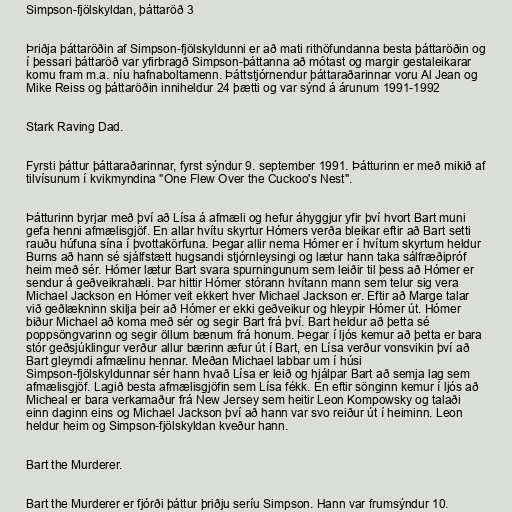
Simpson-fjölskyldan, þáttaröð 3

Þriðja þáttaröðin af Simpson-fjölskyldunni er að mati rithöfundanna besta þáttaröðin og
í þessari þáttaröð var yfirbragð Simpson-þáttanna að mótast og margir gestaleikarar
komu fram m.a. níu hafnaboltamenn. Þáttstjórnendur þáttaraðarinnar voru Al Jean og
Mike Reiss og þáttaröðin inniheldur 24 þætti og var sýnd á árunum 1991-1992

Stark Raving Dad.

Fyrsti þáttur þáttaraðarinnar, fyrst sýndur 9. september 1991. Þátturinn er með mikið af
tilvísunum í kvikmyndina "One Flew Over the Cuckoo's Nest".

Þátturinn byrjar með því að Lísa á afmæli og hefur áhyggjur yfir því hvort Bart muni
gefa henni afmælisgjöf. En allar hvítu skyrtur Hómers verða bleikar eftir að Bart setti
rauðu húfuna sína í þvottakörfuna. Þegar allir nema Hómer er í hvítum skyrtum heldur
Burns að hann sé sjálfstætt hugsandi stjórnleysingi og lætur hann taka sálfræðipróf
heim með sér. Hómer lætur Bart svara spurningunum sem leiðir til þess að Hómer er
sendur á geðveikrahæli. Þar hittir Hómer stórann hvítann mann sem telur sig vera
Michael Jackson en Hómer veit ekkert hver Michael Jackson er. Eftir að Marge talar
við geðlækninn skilja þeir að Hómer er ekki geðveikur og hleypir Hómer út. Hómer
biður Michael að koma með sér og segir Bart frá því. Bart heldur að þetta sé
poppsöngvarinn og segir öllum bænum frá honum. Þegar í ljós kemur að þetta er bara
stór geðsjúklingur verður allur bærinn æfur út í Bart, en Lísa verður vonsvikin því að
Bart gleymdi afmælinu hennar. Meðan Michael labbar um í húsi
Simpson-fjölskyldunnar sér hann hvað Lísa er leið og hjálpar Bart að semja lag sem
afmælisgjöf. Lagið besta afmælisgjöfin sem Lísa fékk. En eftir sönginn kemur í ljós að
Micheal er bara verkamaður frá New Jersey sem heitir Leon Kompowsky og talaði
einn daginn eins og Michael Jackson því að hann var svo reiður út í heiminn. Leon
heldur heim og Simpson-fjölskyldan kveður hann.

Bart the Murderer.

Bart the Murderer er fjórði þáttur þriðju seríu Simpson. Hann var frumsýndur 10.